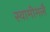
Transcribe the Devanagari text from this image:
स्वामीमलै